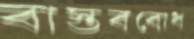
বাস্তববোধ